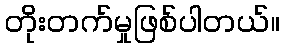
တိုးတက်မှုဖြစ်ပါတယ်။